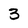
Character: 3